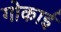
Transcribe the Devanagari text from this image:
गोकाई